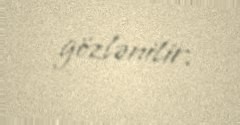
gözlənilir.